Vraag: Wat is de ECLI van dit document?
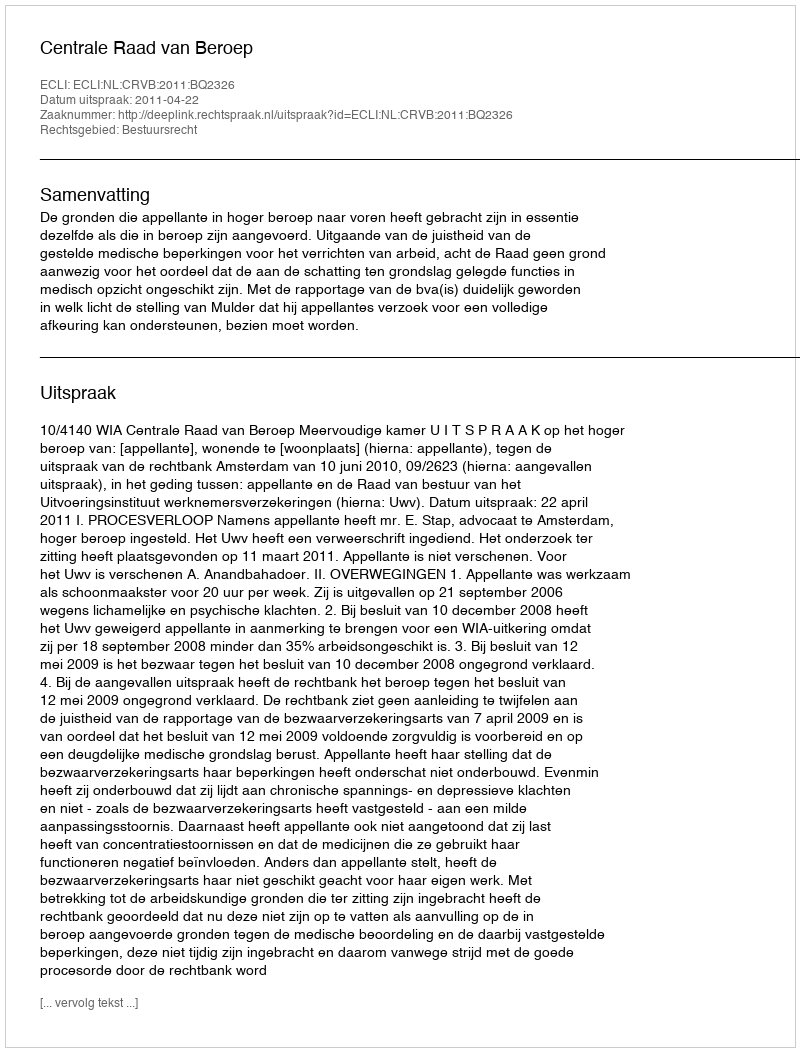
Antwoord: ECLI:NL:CRVB:2011:BQ2326